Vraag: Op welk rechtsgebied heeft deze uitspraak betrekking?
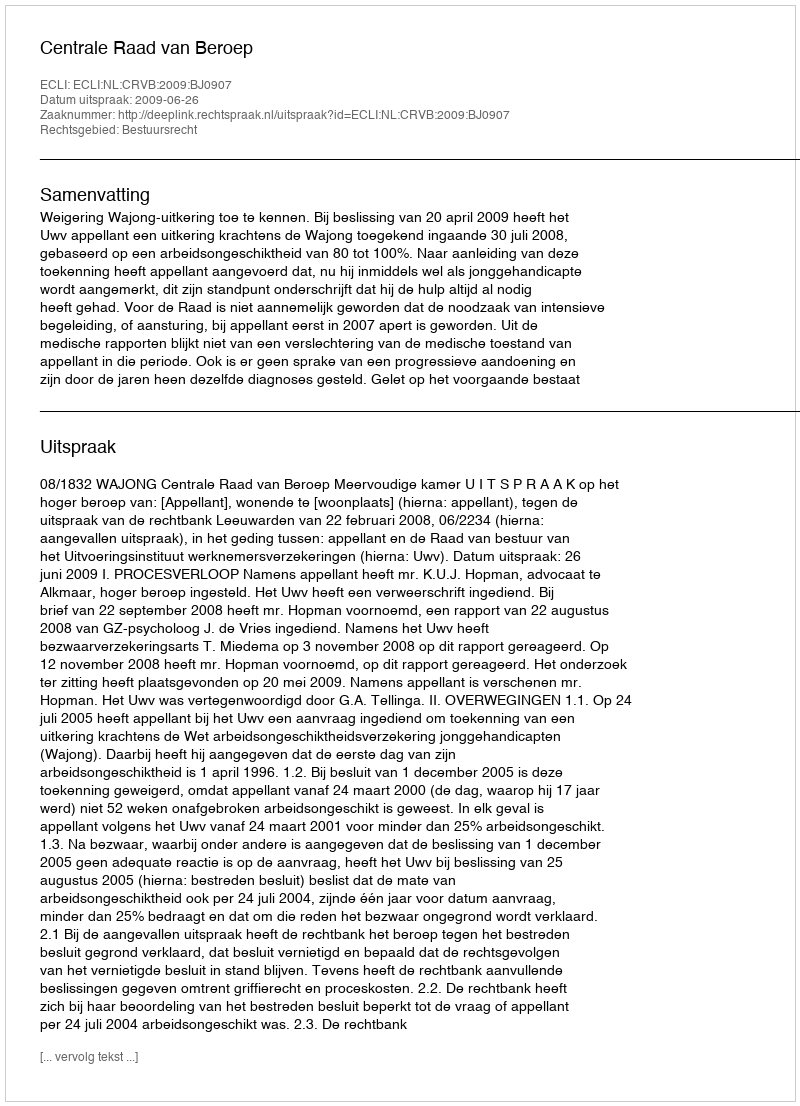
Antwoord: Bestuursrecht